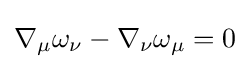
\nabla _{\mu }\omega _{\nu }-\nabla _{\nu }\omega _{\mu }=0